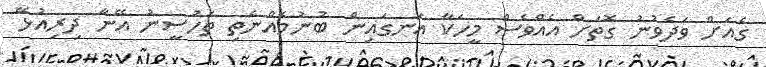
ގެއަށް ވަދެވުނު ގޮތަށް އެއްވެސް މީހަކާ އަނގައިން ބުނުމެއްނެތި ތަހުސީނު އޭނާ ދިރިއުޅޭ